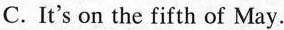
C. It's on the fifth of May.